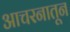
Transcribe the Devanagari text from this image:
आचरनातून